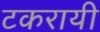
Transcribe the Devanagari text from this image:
टकरायी